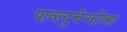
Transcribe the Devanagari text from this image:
पाव्ल्युचेन्कोव्हा